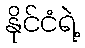
နိုင်ငံရဲ့